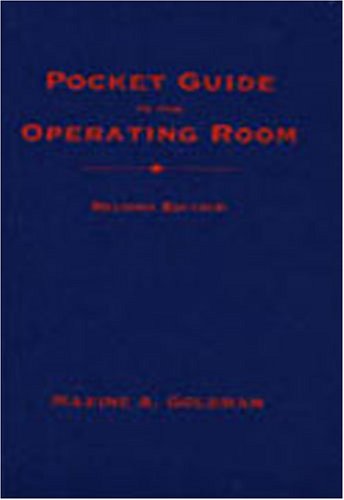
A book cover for Pocket Guide to the Operating Room; Maxine A. Goldman BS  RN; Medical Books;